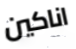
اناكين